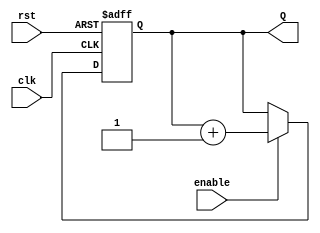
`timescale 1ns / 1ps
//////////////////////////////////////////////////////////////////////////////////
// Company: ITESO
//////////////////////////////////////////////////////////////////////////////////
module Counter_Param
 # (parameter n = 8)
(
    input clk,
    input rst,
    input enable,
    output reg [n-1:0] Q
    );
//basically definition de FF D, where every enable from TX FSM is increasinf count by one
wire [n-1:0] NxtQ;
assign NxtQ = Q + 1'b1;

always @(posedge rst, posedge clk) 
    begin
        if (rst)
            Q <= {n{1'b0}};
        else
            if (enable)
                Q <= NxtQ;
            else
                Q <= Q;
    end 
endmodule